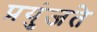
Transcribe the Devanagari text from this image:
प्रयुंजते